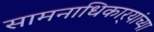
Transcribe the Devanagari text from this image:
सामनाधिकार्‍यांच्या